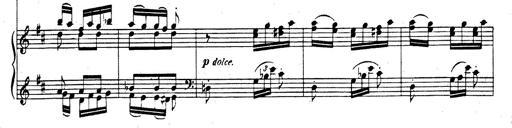
Title: Rhapsodie espagnole
Composer: Franz Liszt